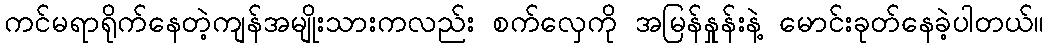
ကင်မရာရိုက်နေတဲ့ကျန်အမျိုးသားကလည်း စက်လှေကို အမြန်နှုန်းနဲ့ မောင်းခုတ်နေခဲ့ပါတယ်။